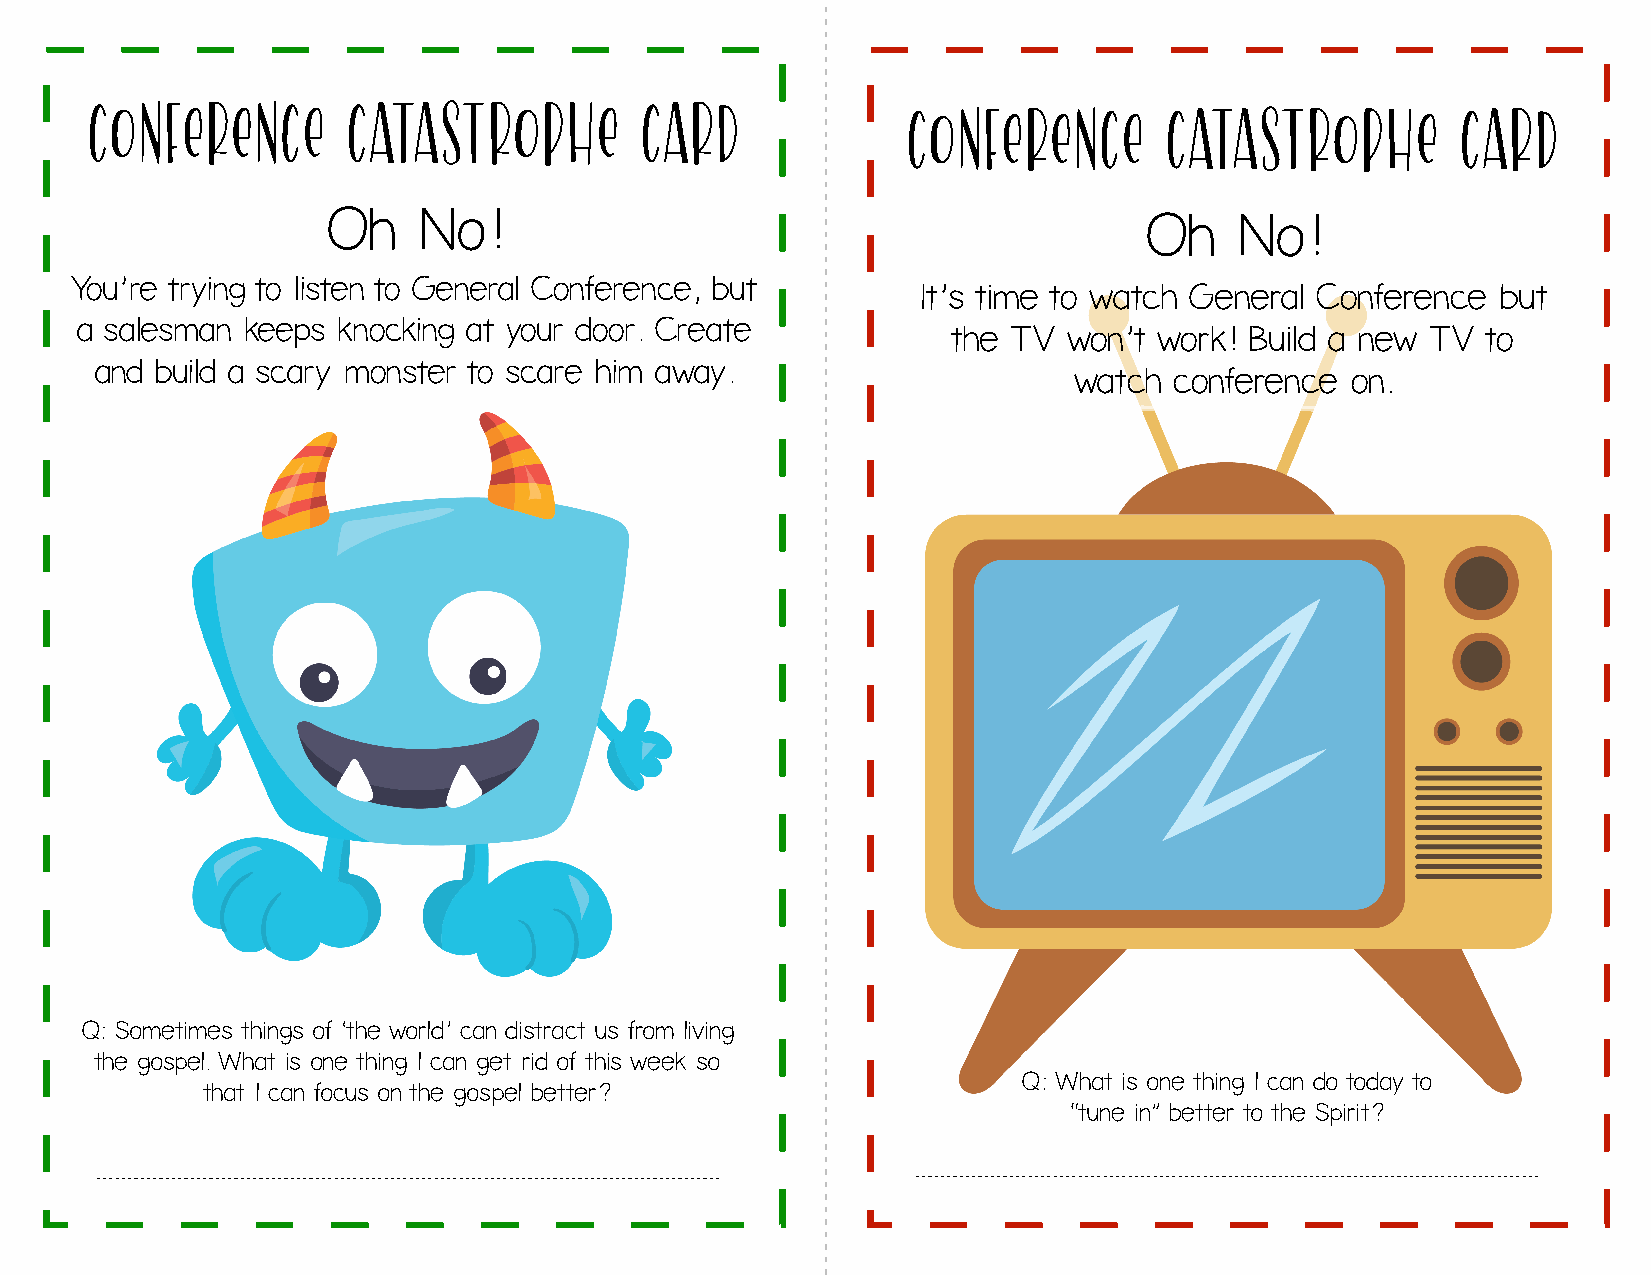
CONFERENCE       Catastrophe        Card              CONFERENCE       Catastrophe         Card
 Oh    No!                                             Oh    No!
 You’re trying to listen to General Conference, but
 It’s time to watch General Conference but
 a salesman keeps knocking at your door. Create
 the TV  won’t work! Build a new TV to
 and build a scary monster to scare him away.
 watch  conference on.
 Q: Sometimes things of ‘the world’ can distract us from living
 the gospel. What is one thing I can get rid of this week so
 Q: What is one thing I can do today to
 that I can focus on the gospel better?
 “tune in” better to the Spirit?